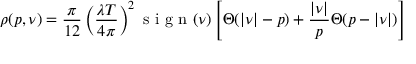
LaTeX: \rho ( p , \nu ) = \frac { \pi } { 1 2 } \left( \frac { \lambda T } { 4 \pi } \right) ^ { 2 } \textmd { s i g n } ( \nu ) \left[ \Theta ( | \nu | - p ) + \frac { | \nu | } { p } \Theta ( p - | \nu | ) \right]